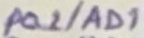
Text: P0.1/AD1